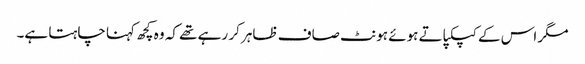
مگر اس کے کپکپاتے ہوئے ہونٹ صاف ظاہر کر رہے تھے کہ وہ کچھ کہنا چاہتا ہے۔